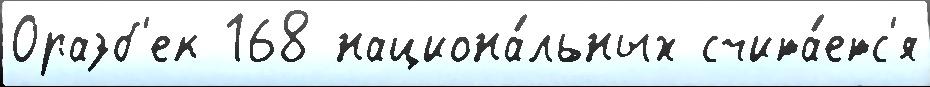
Оразб'ек 168 национа́льных счита́етс'я